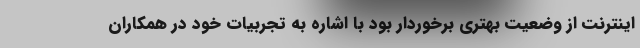
اینترنت از وضعیت بهتری برخوردار بود با اشاره به تجربیات خود در همکاران